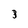
Character: 3